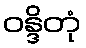
ဝန္ဒိတုံ